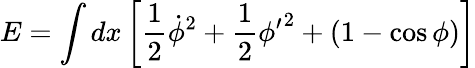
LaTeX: E=\int dx\left[\frac{1}{2}\dot{\phi}^{2}+\frac{1}{2}{\phi^{\prime}}^{2}+(1-\cos\phi)\right]